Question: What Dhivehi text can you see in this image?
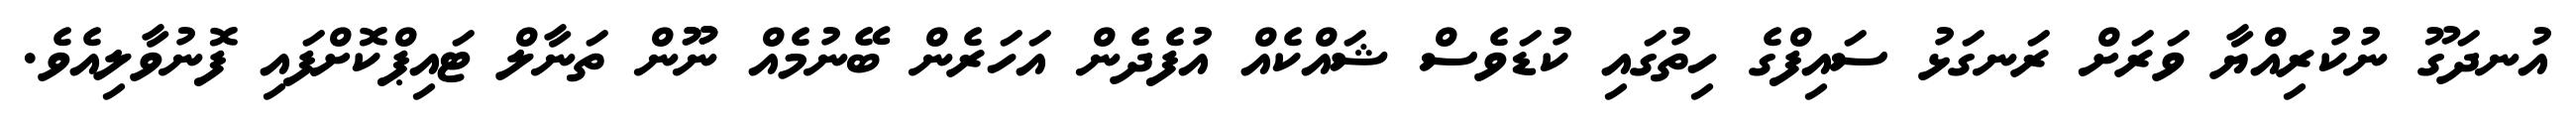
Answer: އުނދަގޫ ނުކުރިއްޔާ ވަރަށް ރަނގަޅު ސައިފްގެ ހިތުގައި ކުޑަވެސް ޝައްކެއް އުފެދެން އަހަރެން ބޭނުމެއް ނޫޫން ތަނާލް ޓައިޕްކޮށްފައި ފޮނުވާލިއެވެ.